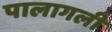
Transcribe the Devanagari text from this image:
पालागली